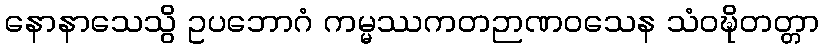
နောနာသေသွိ ဥပဘောဂံ ကမ္မဿကတဉာဏဝသေန သံဝဍ္ဎိတတ္တာ